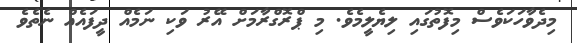
މިދެވާހަކަވެސް މިފޮތުގައި ލިޔެލީމެވެ. މި ޕްރޮގްރާމަށް އޭރު ވަކި ނަމެއް ދީފައެއް ނެތެވެ